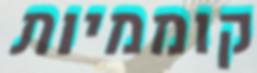
קוממיות